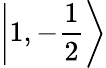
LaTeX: \left|1,-{\frac{1}{2}}\right\rangle